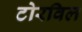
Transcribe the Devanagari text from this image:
टोरविल